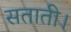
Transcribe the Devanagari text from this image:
सताती।